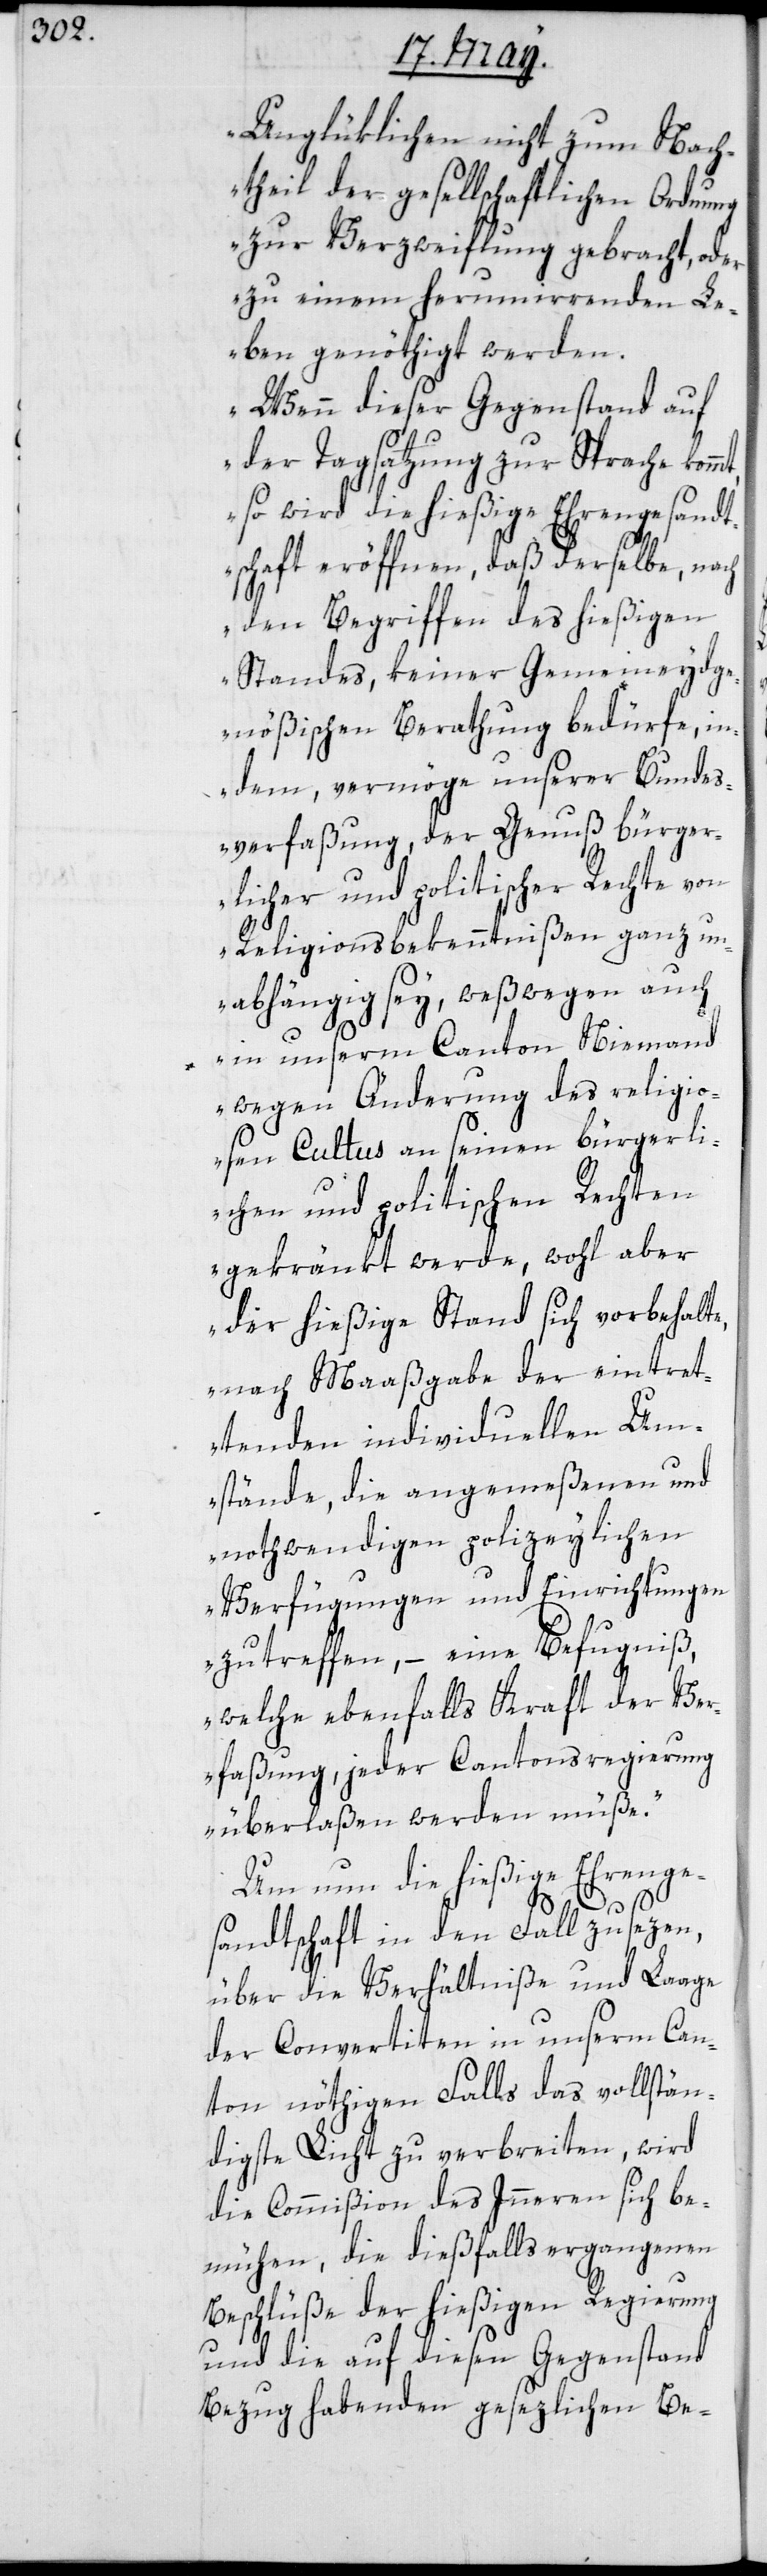
Unglüklichen nicht zum Nach¬
theil der gesellschaftlichen Ordnung
zur Verzweiflung gebracht, oder
zu einem herumirrenden L¬
eben genöthigt werden.
Wenn dieser Gegenstand auf
der Tagsatzung zur Sprache
so wird die hießige Ehrengesandt¬
schaft eröffnen, daß derselbe, nach
den Begriffen des hießigen
Standes, keiner Gemeineydge¬
nößischen Berathung bedörfe, in¬
dem vermöge unserer Bundes¬
verfaßung der Genuß bürger¬
licher und politischer Rechte von
Religionsbekenntnißen ganz un¬
abhängig sey, weßwegen auch
in unserm Canton niemand
wegen Änderung des religio¬
sen Cultus an seinen bürgerli¬
chen und politischen Rechten
gekränkt werde, wohl aber
der hießige Stand sich vorbehalte,
nach Maaßgabe der eintret¬
tenden individuellen Um¬
stände, die angemeßenen und
nothwendigen polizeylichen
Verfügungen und Einrichtungen
zu treffen, – eine Befugniß,
welche ebenfalls Kraft der Ver¬
faßung, jeder Cantonsregierung
überlaßen werden müße“.
Um nun die hießige Ehrenge¬
sandtschaft in den Fall zu sezen,
über die Verhältniße und Laage
der Convertiten in unserm Can¬
ton nöthigenfalls das vollstän¬
digste Licht zu verbreiten, wird
die Commißion des Innern sich be¬
mühen, die dießfalls ergangenen
Beschlüße der hießigen Regierung
und die auf diesen Gegenstand
Bezug habenden gesezlichen Be-